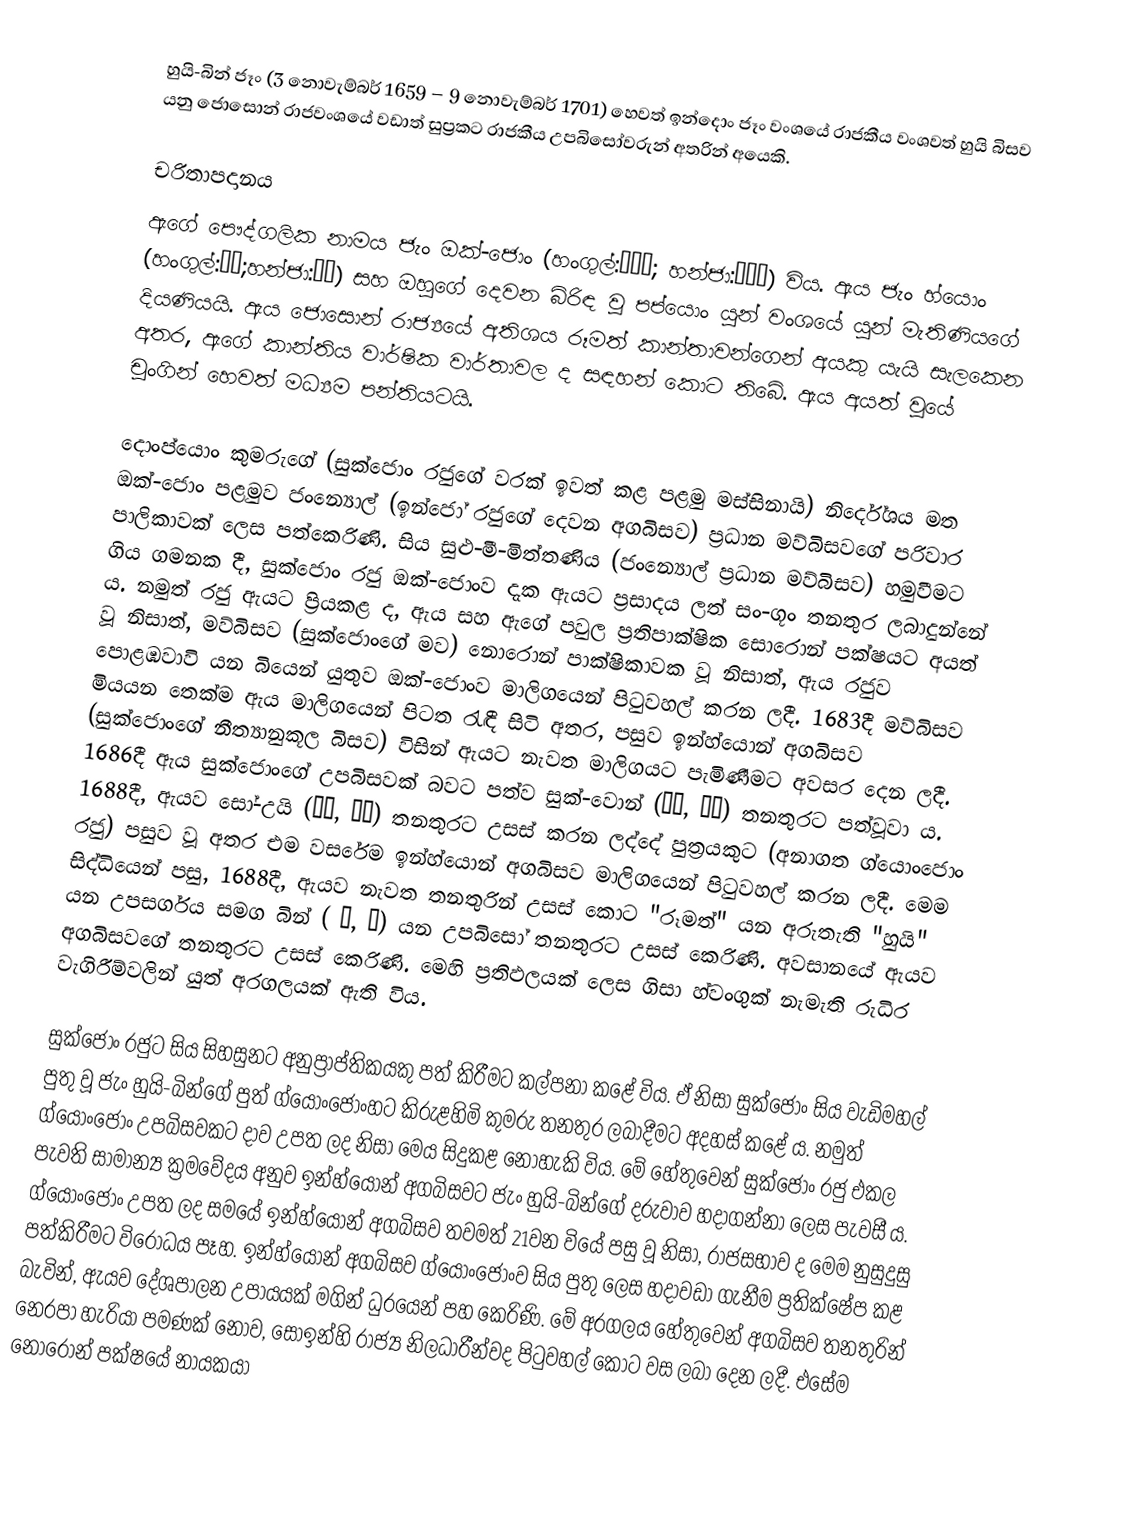
හුයි-බින් ජෑං (3 නොවැම්බර් 1659 – 9 නොවැම්බර් 1701) හෙවත් ඉන්දොං ජෑං වංශයේ රාජකීය වංශවත් හුයි බිසව යනු ජොසොන් රාජවංශයේ වඩාත් සුප්‍රකට රාජකීය උපබිසෝවරුන් අතරින් අයෙකි.

චරිතාපදානය
ඇගේ පෞද්ගලික නාමය ජැං ඔක්-ජොං (හංගුල්:장옥정; හන්ජා:張玉貞) විය. ඇය ජැං හ්යොං (හංගුල්:장형;හන්ජා:張炯) සහ ඔහුගේ දෙවන බිරිඳ වූ පප්යොං යුන් වංශයේ යුන් මැතිණියගේ දියණියයි. ඇය ජොසොන් රාජ්‍යයේ අතිශය රූමත් කාන්තාවන්ගෙන් අයකු යැයි සැලකෙන අතර, ඇගේ කාන්තිය වාර්ෂික වාර්තාවල ද සඳහන් කොට තිබේ. ඇය අයත් වූයේ චුංගින් හෙවත් මධ්‍යම පන්තියටයි.

දොංප්යොං කුමරුගේ (සුක්ජොං රජුගේ වරක් ඉවත් කළ පළමු මස්සිනායි) නිර්දේශය මත ඔක්-ජොං පළමුව ජංන්‍යොල් (ඉන්ජෝ රජුගේ දෙවන අගබිසව) ප්‍රධාන මව්බිසවගේ පරිවාර පාලිකාවක් ලෙස පත්කෙරිණි. සිය සුළු-මී-මිත්තණිය (ජංන්‍යොල් ප්‍රධාන මව්බිසව) හමුවීමට ගිය ගමනක දී, සුක්ජොං රජු ඔක්-ජොංව දැක ඇයට ප්‍රසාදය ලත් සං-ගූං තනතුර ලබාදුන්නේ ය. නමුත් රජු ඇයට ප්‍රියකළ ද, ඇය සහ ඇගේ පවුල ප්‍රතිපාක්ෂික සොරොන් පක්ෂයට අයත් වූ නිසාත්, මව්බිසව (සුක්ජොංගේ මව) නොරොන් පාක්ෂිකාවක වූ නිසාත්, ඇය රජුව පොළඹවාවි යන බියෙන් යුතුව ඔක්-ජොංව මාලිගයෙන් පිටුවහල් කරන ලදී. 1683දී මව්බිසව මියයන තෙක්ම ඇය මාලිගයෙන් පිටත රැඳී සිටි අතර, පසුව ඉන්හ්යොන් අගබිසව (සුක්ජොංගේ නීත්‍යානුකූල බිසව) විසින් ඇයට නැවත මාලිගයට පැමිණීමට අවසර දෙන ලදී. 1686දී ඇය සුක්ජොංගේ උපබිසවක් බවට පත්ව සුක්-වොන් (숙원, 淑媛) තනතුරට පත්වූවා ය. 1688දී, ඇයව සෝ-උයි (소의, 昭儀) තනතුරට උසස් කරන ලද්දේ පුත්‍රයකුට (අනාගත ග්යොංජොං රජු) පසුව වූ අතර එම වසරේම ඉන්හ්යොන් අගබිසව මාලිගයෙන් පිටුවහල් කරන ලදී. මෙම සිද්ධියෙන් පසු, 1688දී, ඇයව නැවත තනතුරින් උසස් කොට "රූමත්" යන අරුතැති "හුයි" යන උපසර්ගය සමග බින් ( 빈, 嬪) යන උපබිසෝ තනතුරට උසස් කෙරිණි. අවසානයේ ඇයව අගබිසවගේ තනතුරට උසස් කෙරිණි. මෙහි ප්‍රතිඵලයක් ලෙස ගිසා හ්වංගුක් නැමැති රුධිර වැගිරීම්වලින් යුත් අරගලයක් ඇති විය.

සුක්ජොං රජුට සිය සිහසුනට අනුප්‍රාප්තිකයකු පත් කිරීමට කල්පනා කළේ විය. ඒ නිසා සුක්ජොං සිය වැඩිමහල් පුතු වූ ජැං හුයි-බින්ගේ පුත් ග්යොංජොංහට කිරුළහිමි කුමරු තනතුර ලබාදීමට අදහස් කළේ ය. නමුත් ග්යොංජොං උපබිසවකට දාව උපත ලද නිසා මෙය සිදුකළ නොහැකි විය. මේ හේතුවෙන් සුක්ජොං රජු එකල පැවති සාමාන්‍ය ක්‍රමවේදය අනුව ඉන්හ්යොන් අගබිසවට ජැං හුයි-බින්ගේ දරුවාව හදාගන්නා ලෙස පැවසී ය. ග්යොංජොං උපත ලද සමයේ ඉන්හ්යොන් අගබිසව තවමත් 21වන වියේ පසු වූ නිසා, රාජසභාව ද මෙම නුසුදුසු පත්කිරීමට විරෝධය පෑහ. ඉන්හ්යොන් අගබිසව ග්යොංජොංව සිය පුතු ලෙස හදාවඩා ගැනීම ප්‍රතික්ෂේප කළ බැවින්, ඇයව දේශපාලන උපායයක් මගින් ධුරයෙන් පහ කෙරිණි. මේ අරගලය හේතුවෙන් අගබිසව තනතුරින් නෙරපා හැරියා පමණක් නොව, සොඉන්හි රාජ්‍ය නිලධාරීන්වද පිටුවහල් කොට වස ලබා දෙන ලදී. එසේම නොරොන් පක්ෂයේ නායකයා